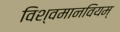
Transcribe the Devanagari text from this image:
विश्वमानवियम्